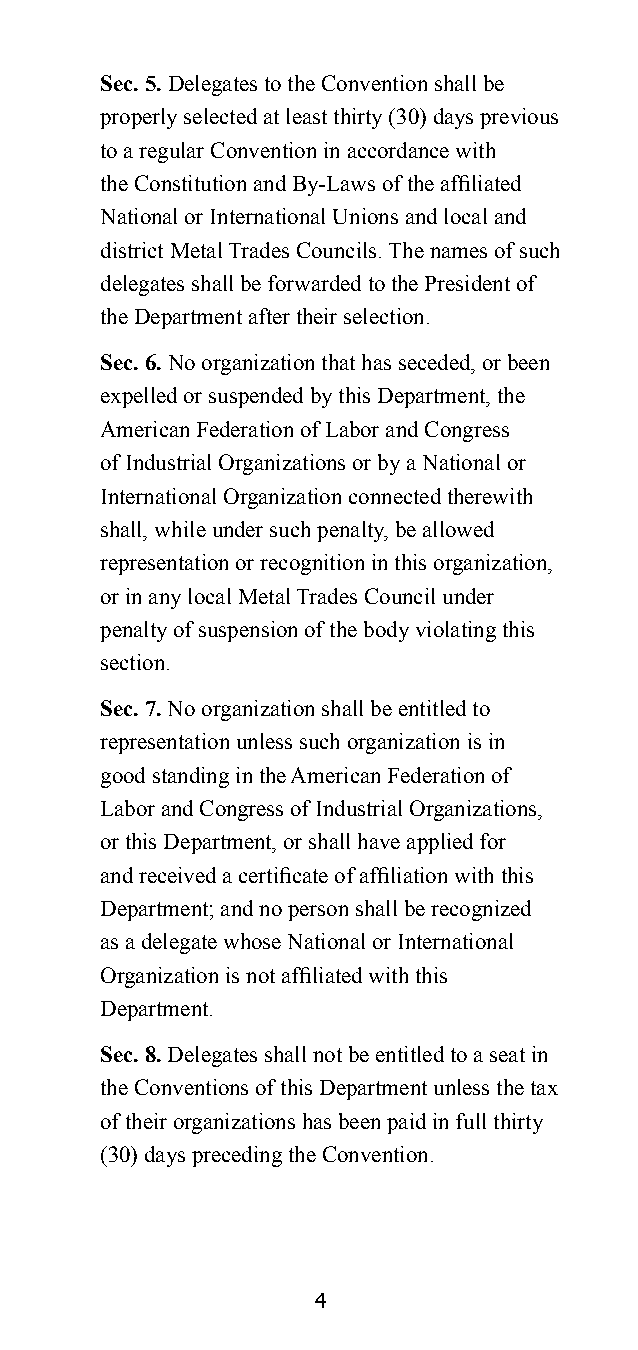
Sec. 5. Delegates to the Convention shall be
 properly selected at least thirty (30) days previous
 to a regular Convention in accordance with
 the Constitution and By-Laws of the affiliated
 National or International Unions and local and
 district Metal Trades Councils. The names of such
 delegates shall be forwarded to the President of
 the Department after their selection.
 Sec. 6. No organization that has seceded, or been
 expelled or suspended by this Department, the
 American Federation of Labor and Congress
 of Industrial Organizations or by a National or
 International Organization connected therewith
 shall, while under such penalty, be allowed
 representation or recognition in this organization,
 or in any local Metal Trades Council under
 penalty of suspension of the body violating this
 section.
 Sec. 7. No organization shall be entitled to
 representation unless such organization is in
 good standing in the American Federation of
 Labor and Congress of Industrial Organizations,
 or this Department, or shall have applied for
 and received a certificate of affiliation with this
 Department; and no person shall be recognized
 as a delegate whose National or International
 Organization is not affiliated with this
 Department.
 Sec. 8. Delegates shall not be entitled to a seat in
 the Conventions of this Department unless the tax
 of their organizations has been paid in full thirty
 (30) days preceding the Convention.
 4